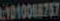
101008877